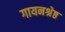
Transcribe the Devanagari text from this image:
गायनश्रेष्ठ